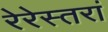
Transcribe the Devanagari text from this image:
रेरेस्तरां